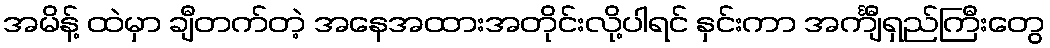
အမိန့် ထဲမှာ ချီတက်တဲ့ အနေအထားအတိုင်းလို့ပါရင် နှင်းကာ အင်္ကျီရှည်ကြီးတွေ